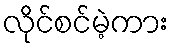
လိုင်စင်မဲ့ကား